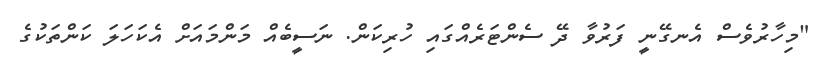
"މިހާރުވެސް އެނގޭނީ ފަރުވާ ދޭ ސެންޓަރެއްގައި ހުރިކަން. ނަސީބެއް މަންމައަށް އެކަހަލަ ކަންތަކުގެ